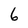
Character: 6